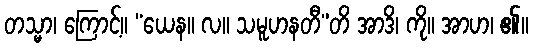
တသ္မာ၊ ကြောင့်။ “ယေန။ လ။ သမူဟနတီ”တိ အာဒိ၊ ကို။ အာဟ၊ ၏။